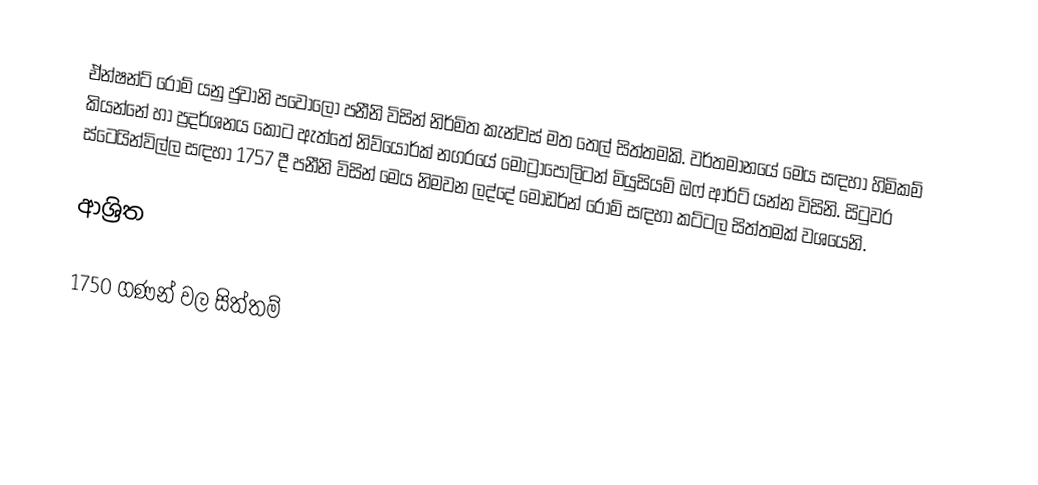
ඒන්ෂන්ට් රෝම් යනු ජුවානි පවොලෝ පනීනි විසින් නිර්මිත කැන්වස් මත තෙල් සිත්තමකි. වර්තමානයේ මෙය සඳහා හිමිකම් කියන්නේ හා ප්‍රදර්ශනය කොට ඇත්තේ  නිව්යෝර්ක් නගරයේ මොට්‍රාපොලිටන් මියුසියම් ඔෆ් ආර්ට් යන්න විසිනි. සිටුවර ස්ටෙයින්විල්ල සඳහා  1757 දී පනීනි විසින් මෙය නිමවන ලද්දේ මොඩර්න් රෝම් සඳහා  කට්ටල සිත්තමක් වශයෙනි.

ආශ්‍රිත

1750 ගණන් වල සිත්තම්